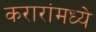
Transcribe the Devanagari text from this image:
करारांमध्ये